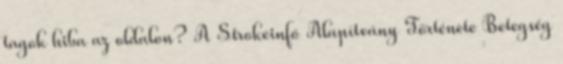
tagok hiba az oldalon? A Strokeinfó Alapítvány Története Betegség